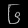
Digit: ၆